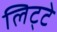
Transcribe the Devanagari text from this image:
लिट्‍टे